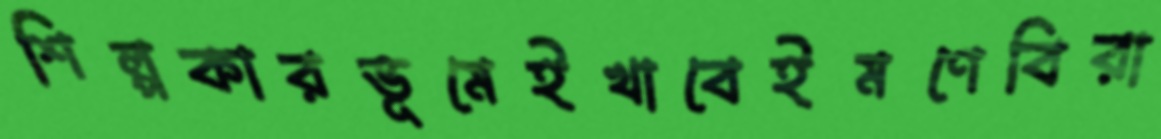
শিল্পকারভূমেইখাবেইমণেবিরা